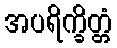
အပရိက္ခိတ္တံ